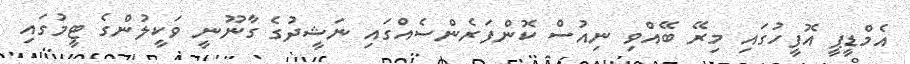
އެމްޑީޕީ އޮފީހުގައި މިރޭ ބޭއްވި ނިއުސް ކޮންފަރެންސެއްގައި ނަޝީދުގެ ގާނޫނީ ވަކީލުންގެ ޓީމުގައި